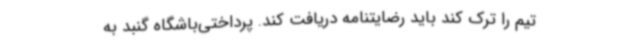
تیم را ترک کند باید رضایتنامه دریافت کند. پرداختی‌باشگاه گنبد به